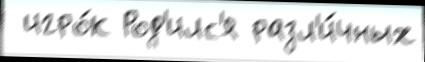
 игро́к Род'илс'я разл'и́чных